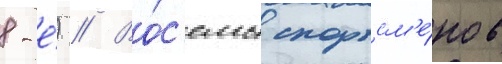
8-е́) // Во́с'емь спортсм'е́нов